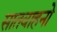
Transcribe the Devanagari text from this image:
सातवाहनो